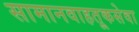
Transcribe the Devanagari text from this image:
सामानवाहतूकसेवा